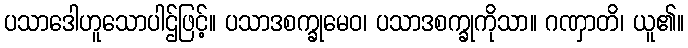
ပသာဒေါဟူသောပါဌ်ဖြင့်။ ပသာဒစက္ခုမေဝ၊ ပသာဒစက္ခုကိုသာ။ ဂဏှာတိ၊ ယူ၏။